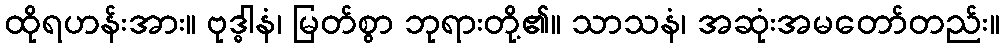
ထိုရဟန်းအား။ ဗုဒ္ဓါနံ၊ မြတ်စွာ ဘုရားတို့၏။ သာသနံ၊ အဆုံးအမတော်တည်း။